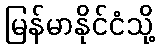
မြန်မာနိုင်ငံသို့